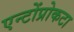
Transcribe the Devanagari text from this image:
एन्टोंप्रोकटा